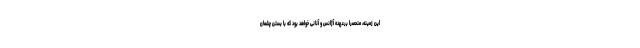
این زمینه، منحصراً برعهده آژانس و آنانی خواهد بود که با بستن چشمان